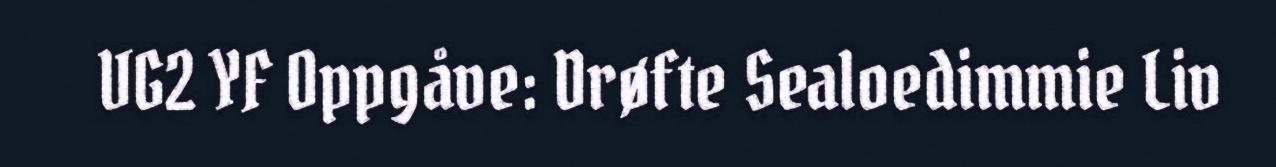
VG2 YF Oppgåve: Drøfte Sealoedimmie Liv